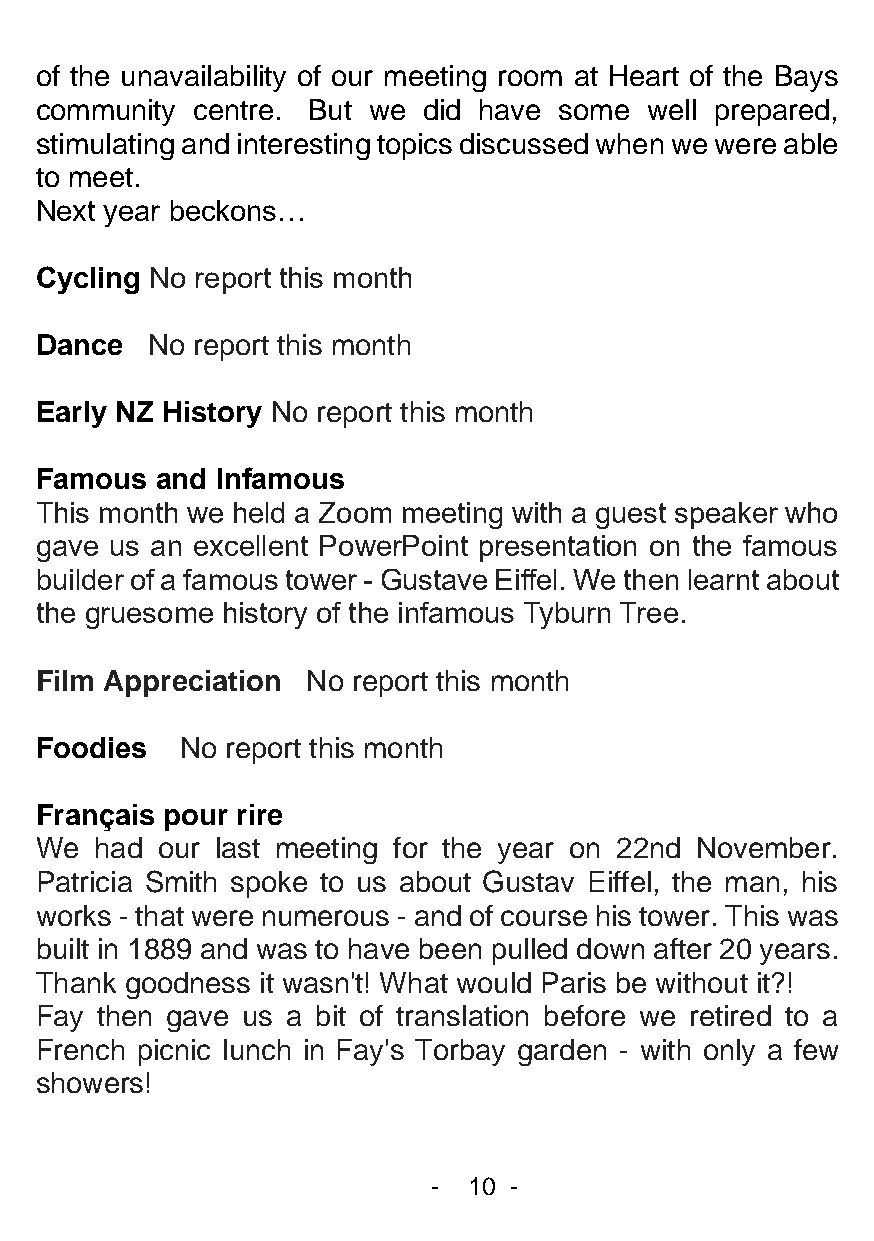
of the unavailability of our meeting room at Heart of the Bays
 community  centre. But we did have some  well prepared,
 stimulating and interesting topics discussed when we were able
 to meet.
 Next year beckons…
 Cycling No report this month
 Dance   No report this month
 Early NZ History No report this month
 Famous  and Infamous
 This month we held a Zoom meeting with a guest speaker who
 gave us an excellent PowerPoint presentation on the famous
 builder of a famous tower - Gustave Eiffel. We then learnt about
 the gruesome history of the infamous Tyburn Tree.
 Film Appreciation No report this month
 Foodies   No report this month
 Français pour rire
 We  had our last meeting for the year on 22nd November.
 Patricia Smith spoke to us about Gustav Eiffel, the man, his
 works - that were numerous - and of course his tower. This was
 built in 1889 and was to have been pulled down after 20 years.
 Thank goodness it wasn't! What would Paris be without it?!
 Fay then gave us a bit of translation before we retired to a
 French picnic lunch in Fay's Torbay garden - with only a few
 showers!
 - 10 -